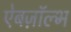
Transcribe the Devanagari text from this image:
ऐबज़ॉल्भ